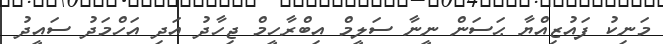
މަނިކު ފައުޒިއްޔާ ޙަސަން ނީނާ ސަލީމް އިބްރާހީމް ޖިހާދު އަދި އަހްމަދު ސައީދު